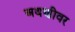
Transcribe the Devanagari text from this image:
अथणीवर